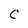
Character: C